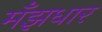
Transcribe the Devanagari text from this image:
मँझधार